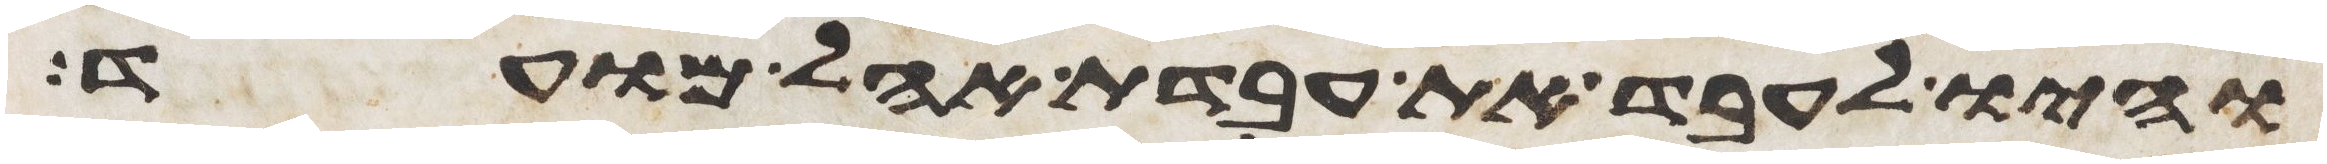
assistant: והיו לעבד את עבדת אהל מועד